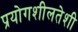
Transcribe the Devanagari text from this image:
प्रयोगशीलतेशी